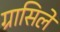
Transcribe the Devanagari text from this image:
ग्रासिले